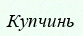
Купчинь